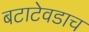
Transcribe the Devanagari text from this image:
बटाटेवडाच